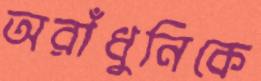
অরাঁধুনিকে